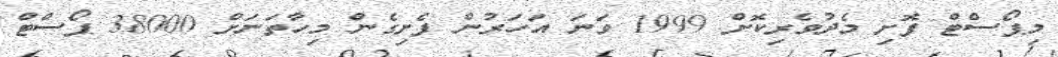
މިޕޯސްޓް ފޮށި މެދުވެރިކޮށް 1999 ވަނަ އަހަރުން ފެށިގެން މިހާތަނަށް 38000 ޕޯސްޓް